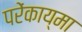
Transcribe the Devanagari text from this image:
परेंकाय्मा